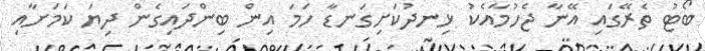
ބޯޓު ތެރޭގައި އޭނާ ޖެހުމާއެކު ޅިނދުކަށިގަނޑާ ހަމަ އިން ބިންދައިގެން ދިޔަ ކަމަށާއި